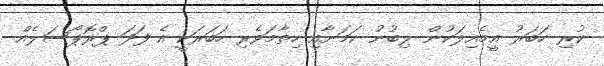
ކުރި ހަބަރު އީމެއިލަކުން ލިބުނު ކަމަށާއި ހިތާމަވެރި ހަބަރަކީ އެ ފަދަ ޕްރޮޕޯސަލެއް